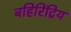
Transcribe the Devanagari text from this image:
बहिरिंद्रिय